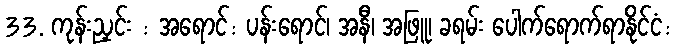
33. ကုန်းညှင်း : အရောင်: ပန်းရောင်၊ အနီ၊ အဖြူ၊ ခရမ်း ပေါက်ရောက်ရာနိုင်ငံ: